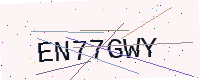
Text: EN77GWY